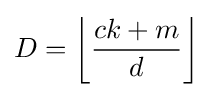
D={\left\lfloor {\frac {ck+m}{d}}\right\rfloor }